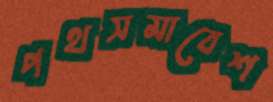
পথসমাবেশ